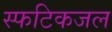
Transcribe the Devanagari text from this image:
स्फटिकजल